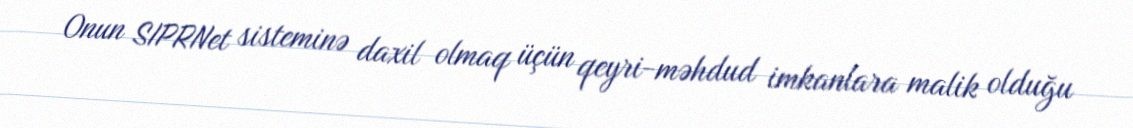
Onun SIPRNet sisteminə daxil olmaq üçün qeyri-məhdud imkanlara malik olduğu